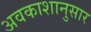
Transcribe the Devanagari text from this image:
अवकाशानुसार